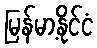
မြန်မာ့နိုင်ငံ